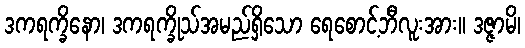
ဒကရက္ခိနော၊ ဒကရက္ခိုသ်အမည်ရှိသော ရေစောင့်ဘီလူးအား။ ဒဇ္ဇာမိ၊